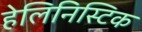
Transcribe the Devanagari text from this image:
हेलिनिस्टिक